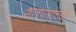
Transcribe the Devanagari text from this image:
शतपत्रांच्या